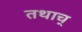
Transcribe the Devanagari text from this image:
तथाच्